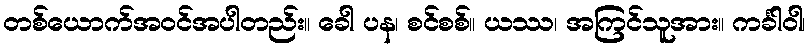
တစ်ယောက်အဝင်အပါတည်း။ ခေါ ပန၊ စင်စစ်။ ယဿ၊ အကြင်သူအား။ ကင်္ခါဝါ၊